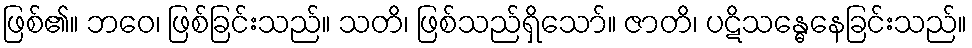
ဖြစ်၏။ ဘဝေ၊ ဖြစ်ခြင်းသည်။ သတိ၊ ဖြစ်သည်ရှိသော်။ ဇာတိ၊ ပဋိသန္ဓေနေခြင်းသည်။